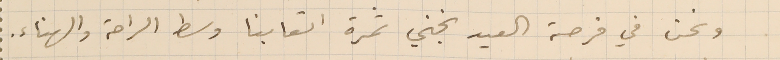
ونحن في فرصة العيد نجني ثمرة اتعابنا وسط الراحة والهناء.